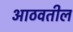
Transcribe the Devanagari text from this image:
आठवतील